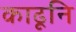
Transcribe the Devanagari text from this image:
काढूनि